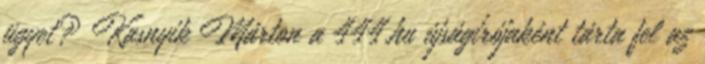
ügyet? Kasnyik Márton a 444.hu újságírójaként tárta fel az